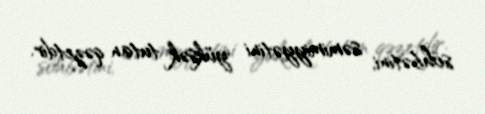
söhbətini, səmimiyyətini yüksək tutan qəzetdir.